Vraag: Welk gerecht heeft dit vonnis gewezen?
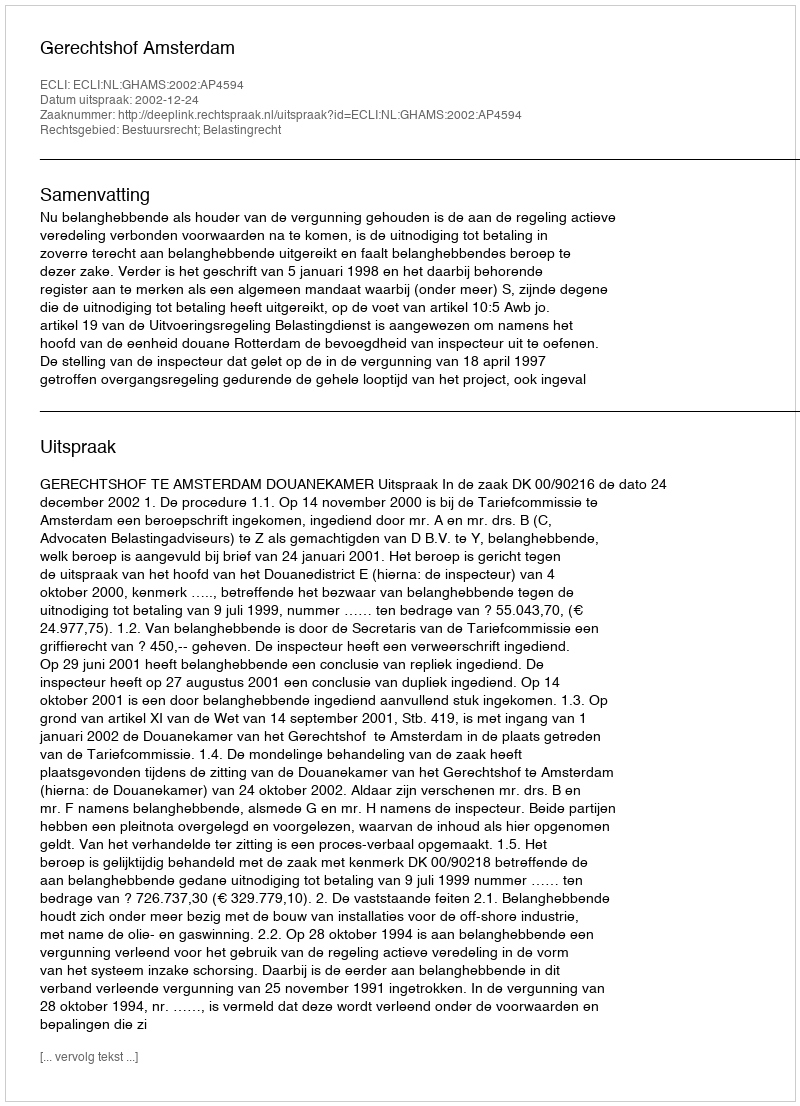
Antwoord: Gerechtshof Amsterdam